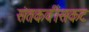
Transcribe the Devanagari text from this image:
संतकवींसकट